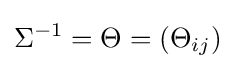
\Sigma ^{-1}=\Theta =(\Theta _{ij})